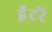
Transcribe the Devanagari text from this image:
ईंटरें